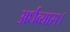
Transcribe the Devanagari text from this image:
अर्धव्यास।